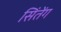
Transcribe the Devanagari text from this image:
सिंतेंग